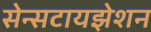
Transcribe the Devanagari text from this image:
सेन्सटायझेशन